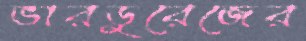
ভারডুরেজের